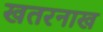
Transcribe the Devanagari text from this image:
खतरनाख